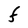
Character: F